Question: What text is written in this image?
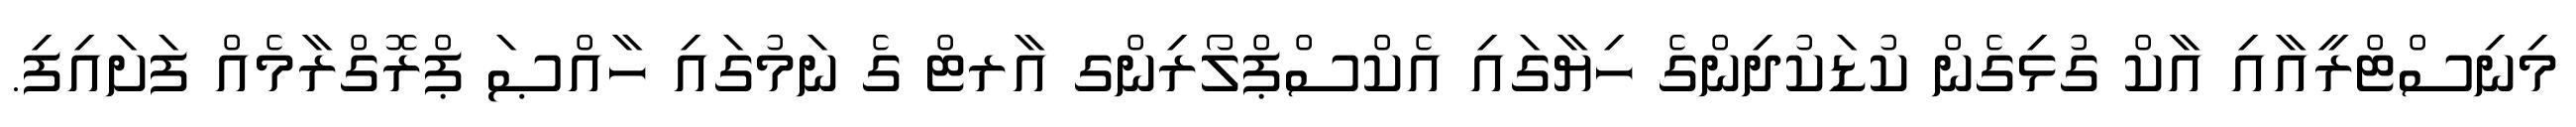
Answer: މިނިސްޓްރީއާއި އާކް ގުޅިގެން ކުޑަކުދިންގެ ހިޔާގައި އެކްސްޕްލޯރިންގ އާރޓް ގެ ނަމުގައި ހާއްޞަ ޕްރޮގްރާމެއް ފަށައިފި.